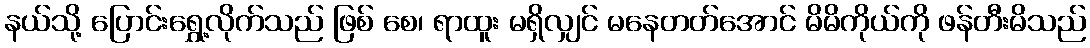
နယ်သို့ ပြောင်းရွှေ့လိုက်သည် ဖြစ် စေ၊ ရာထူး မရှိလျှင် မနေတတ်အောင် မိမိကိုယ်ကို ဖန်တီးမိသည်